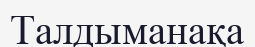
Талдыманақа